Annual administration and progress report of the Indian Medical Department, Bombay
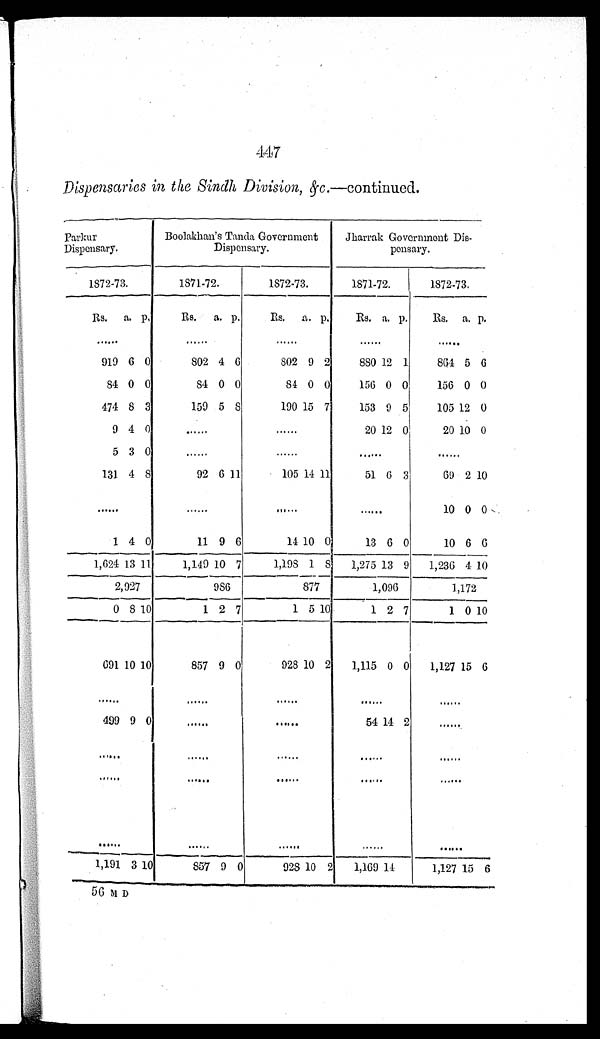
447
Dispensaries in the Sindh Division, &c .—continued.
Parkur
Dispensary.
Boolakhan's Tanda Government
Dispensary.
Jharrak Government Dis
-
pensary.
1872-73.
1871-72.
1872-73.
1871-72.
1872-73.
Rs.
a. p.
Rs.
a. p.
Rs.
a. p.
Rs. a. p.
Rs. a. p.
. . .
. . .
. . .
. . .
. . .
919 6 0
802 4 6
802 9 2
880 12 1
864 5 6
84 0 0
84 0 0
84 0 0
156 0 0
156 0 0
474 8 3
159 5 8
190 15 7
153 9 5
105 12 0
9 4 0
. . .
. . .
20 12 0
20 10 0
5 3 0
. . .
. . .
. . .
. . .
131 4 8
92 6 11
105 14 11
51 6 3
69 2 10
. . .
. . .
. . .
. . .
10 0 0
1 4 0
11 9 6
14 10 0
13 6 0
10 6 6
1,624 13 11
1,149 10 7
1,198 1 8
1,275 13 9
1,236 4 10
2,927
986
877
1,096
1,172
0
8 10
1 2 7
1 5
1 0
1 2 7
1 0 10
691 10 10
857 9 0
928 10 2
1,115 0
0
1,127 15 6
. . .
. . .
. . .
. . .
. . .
499 9 0
. . .
. . .
54 14 2
. . .
. . .
. . .
. . .
. . .
. . .
. . .
. . .
. . .
. . .
. . .
. . .
. . .
. . .
. . .
. . .
1,191
3 10
857 9 0
928 10 2
1,169 14
1,127 15 6
56 M D